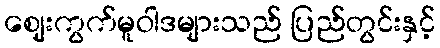
ဈေးကွက်မူဝါဒများသည် ပြည်တွင်းနှင့်